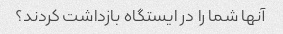
آنها شما را در ایستگاه بازداشت کردند؟